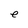
Character: e